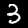
Label: 3